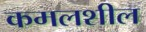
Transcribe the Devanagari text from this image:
कमलशील